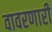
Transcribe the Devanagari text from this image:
वावरणारी